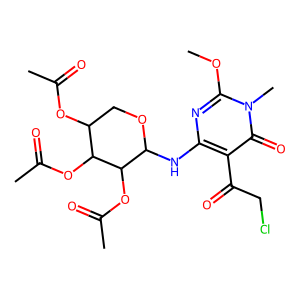
SMILES: COc1nc(NC2OCC(OC(C)=O)C(OC(C)=O)C2OC(C)=O)c(C(=O)CCl)c(=O)n1C
Inhibits HIV replication: No